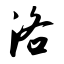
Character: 洛